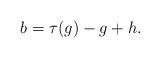
LaTeX: \begin{align*}b &= \tau(g) - g + h.\end{align*}